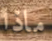
ماذا